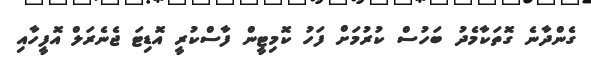
ގެންދާނެ ގޮތަކާމެދު ބަހުސް ކުރުމަށް ފަހު ކޮމިޓީން ފާސްކުރީ އޮޑިޓަ ޖެނެރަލް އޮފީހާއި